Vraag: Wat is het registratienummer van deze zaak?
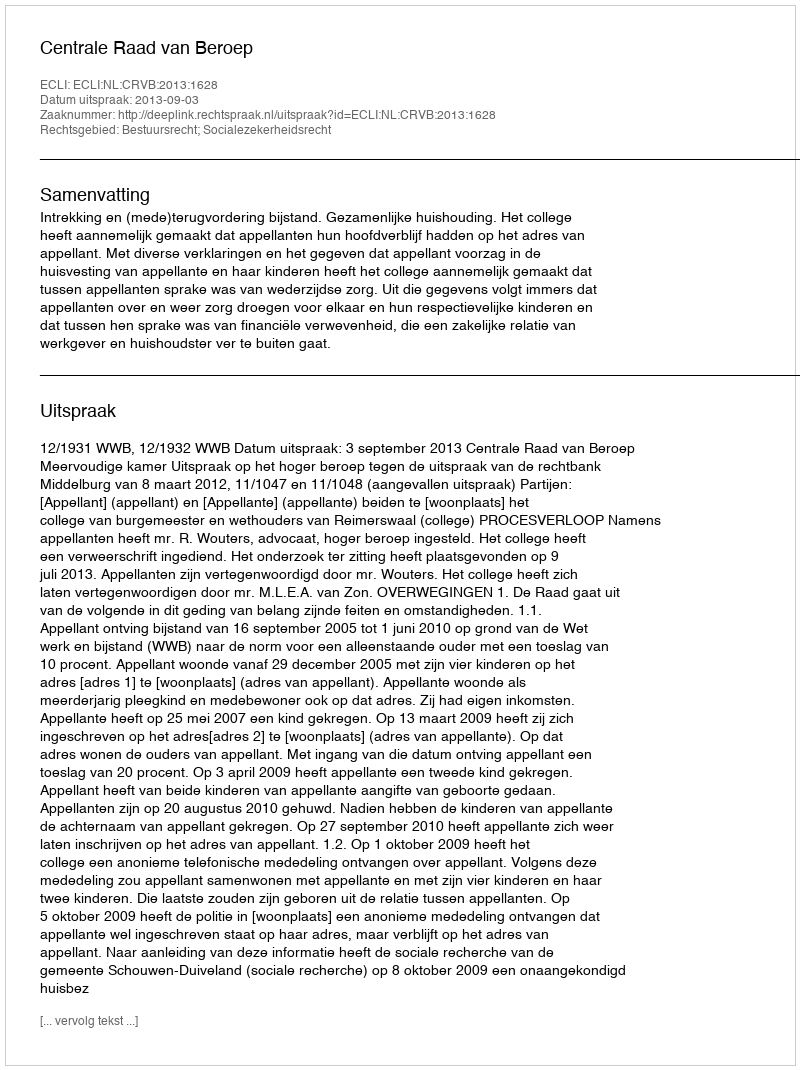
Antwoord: http://deeplink.rechtspraak.nl/uitspraak?id=ECLI:NL:CRVB:2013:1628